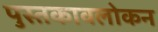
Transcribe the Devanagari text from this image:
पुस्तकावलोकन